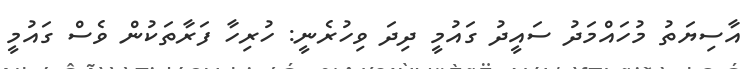
އާސިޔަތު މުހައްމަދު ސައީދު ގައުމީ ދިދަ ވިހުރެނީ: ހުރިހާ ފަރާތަކުން ވެސް ގައުމީ